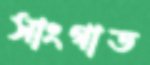
সাংগাত